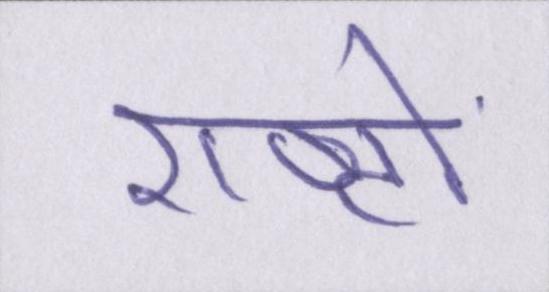
राष्ट्रों